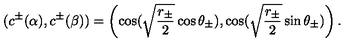
( c ^ { \pm } ( \alpha ) , c ^ { \pm } ( \beta ) ) = \left( \cos ( \sqrt { \frac { r _ { \pm } } { 2 } } \cos \theta _ { \pm } ) , \cos ( \sqrt { \frac { r _ { \pm } } { 2 } } \sin \theta _ { \pm } ) \right) .